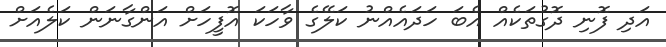
އަދި ފޮނި ދޮގުތަކެއް އެބަ ހަދައެއްނު ކަލޭގެ ވާހަކަ އޮފީހަށް އަންގާނަން ކަލެއަށް